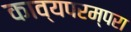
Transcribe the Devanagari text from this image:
काव्यपरम्परा